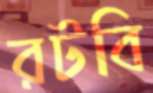
রটবি